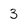
Character: 3